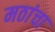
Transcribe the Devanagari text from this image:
मठांचा